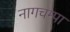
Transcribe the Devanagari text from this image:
नागचम्पा